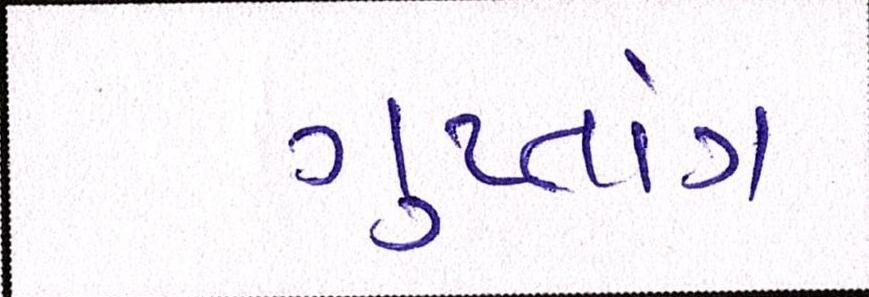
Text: ગુપ્તાંગ